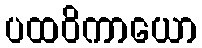
ပထဝိကာယော